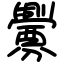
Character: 釁